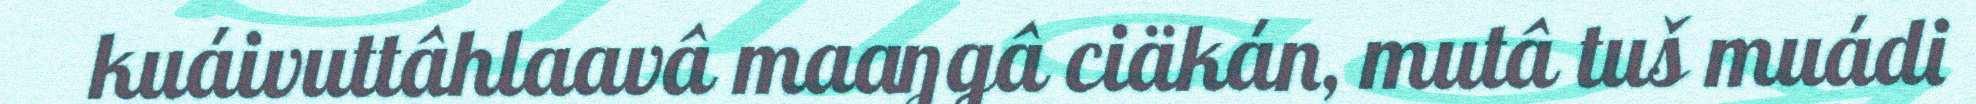
kuáivuttâhlaavâ maaŋgâ ciäkán, mutâ tuš muádi